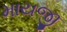
માયજી